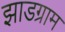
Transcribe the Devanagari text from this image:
झाडग्राम